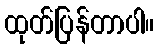
ထုတ်ပြန်တာပါ။